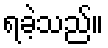
ရခဲ့သည်။